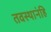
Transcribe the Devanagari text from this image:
तवस्थानंहि